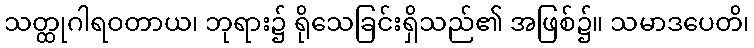
သတ္ထုဂါရဝတာယ၊ ဘုရား၌ ရိုသေခြင်းရှိသည်၏ အဖြစ်၌။ သမာဒပေတိ၊